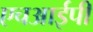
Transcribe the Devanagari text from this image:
एचआईपी